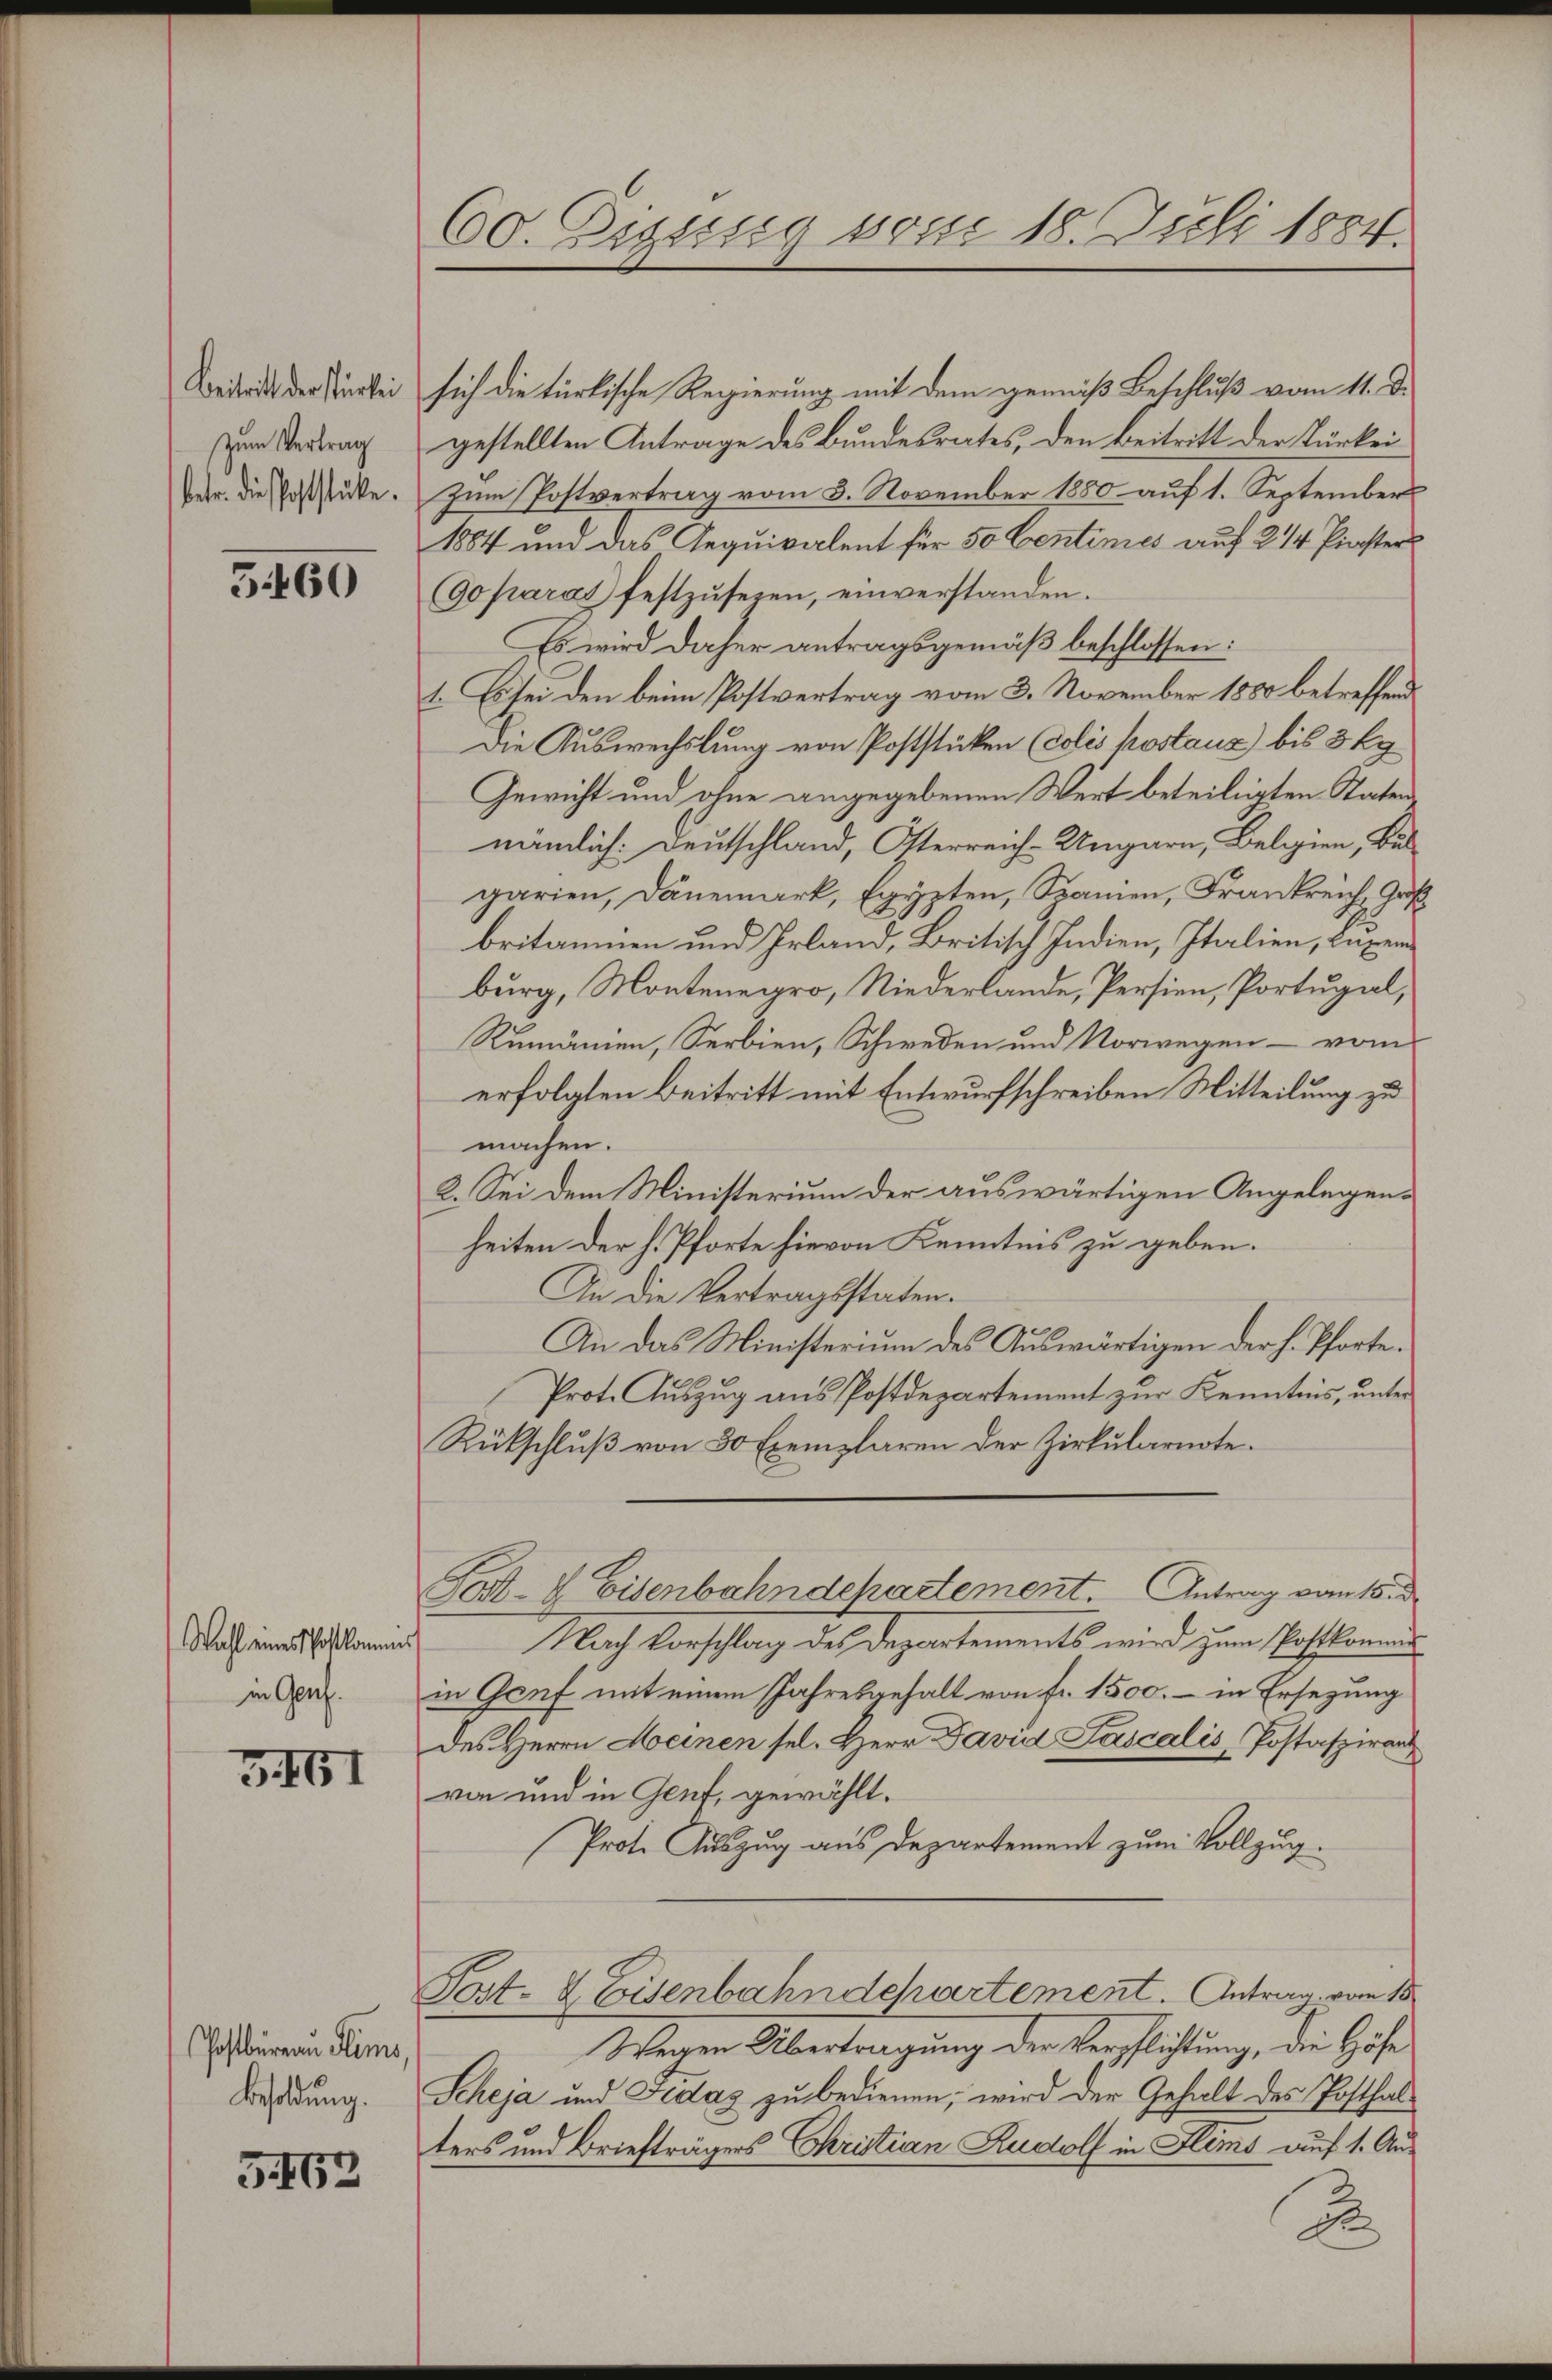
Beitritt der stürkei
zum Vertrag
betr. die Poststücke.

3460

Wahl eines Postkommni
in Genf.

5461

Postbüreau Kems,
Besoldung.

3462

60. Zizusig von 18. Juli 1884.

sich die türkische Regierung mit dem gemäß Beschluß vom 11. d.
gestellten Antrage des Bundesrates, den Beitritt der Kurkei
Zum Postvertrag vom 3. November 1880 auf 1. September
1884 und das Aequivalent für 50 Centimies auf 2/4 Pinster
(90 parat festzŭsezen, einverstanden.
Es wird daher antragsgemäß beschlossen:
1. Es sei den beim Postvertrag vom 3. November 1880 betreffend
Die Auswechslung von Poststücken (colis kostanz) bis 3 kg
Gewicht und ohne angegebenen Wert beteiligten Staten
nämlich: Deutschland, Oterreich-Ungarn, Belegien, Balgarien, Dänemark, Egypten, Samen, Frankreich, Ges
britainen und Irland, Britisch Indien, Italien, luxerburg, Montenegro, Niederlande, Persion, Portugal,
Rumänien, Serbien, Schweden und Norwegen - vom
erfolgten Beitritt mit Entwurfschreiben Mitteilung zu
machen.
2. Sei dem Ministerium der auswärtigen Angelegenheiten der H. Pforte hievon Kenntnis zu geben.
An die Vertragsstaten.
An das Ministerium des Auswärtigen der H. Pforte¬
Prote Auszug aus Postdepartement zur Kenntnis, unter
Rückschluß von 50 Exemplaren der Zirkularnote.
Post- & Eisenbahndchartement. Antrag vom 15. d.
Nach Vorschlag des Departements wird zum Postkommung
in Genf mit einem Jahresgehalt von fr. 1500. – in Ersezung
des Herrn Meinen sel. Herr David Fascalis Postafzwanz
von und in Gent, gewählt.
Prote Auszug aus Departement zum Vollzug.
Post- & Eisenbahndepartement.   Antrag vom 18.
Wegen Übertragung der Verpflichtung, die Höfe
Scheja und Fedaz zu bedienen, wird der Gehalt des Posthalters und Briefträgers Christian Rudolf in Flims auf 1. Au¬
2